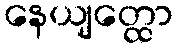
နေယျတ္ထော